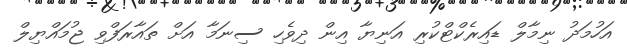
އަހުމަދު ނިމާލް ޑައިރެކްޓްކުރި އަނިޔާ އިން ދިވެހި ސިނަމާ އަށް ތައާރަފްވި ޖުމައްޔިލް